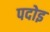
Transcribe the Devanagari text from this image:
पदोइ